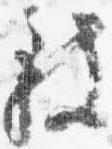
致